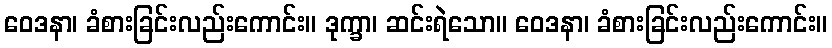
ဝေဒနာ၊ ခံစားခြင်းလည်းကောင်း။ ဒုက္ခာ၊ ဆင်းရဲသော။ ဝေဒနာ၊ ခံစားခြင်းလည်းကောင်း။